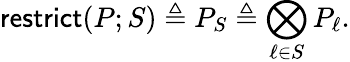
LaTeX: \mathsf{restrict}(P;S)\triangleq P_{S}\triangleq\bigotimes_{\ell\in S}P_{\ell}.